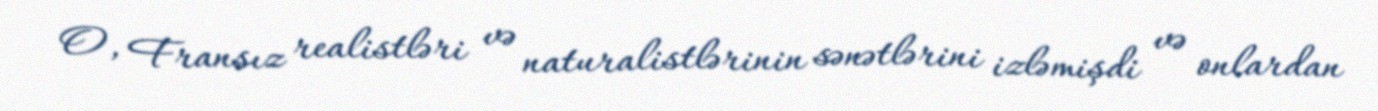
O, Fransız realistləri və naturalistlərinin sənətlərini izləmişdi və onlardan